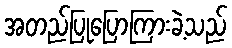
အတည်ပြုပြောကြားခဲ့သည်